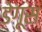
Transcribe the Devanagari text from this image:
डेगूस